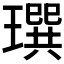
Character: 𤩄